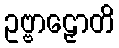
ဥဗ္ဗာဠှောတိ